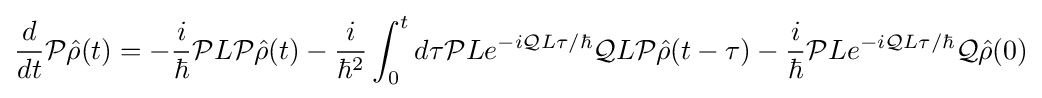
{\frac {d}{dt}}{\mathcal {P}}{\hat {\rho }}(t)=-{\frac {i}{\hbar }}{\mathcal {P}}L{\mathcal {P}}{\hat {\rho }}(t)-{\frac {i}{\hbar ^{2}}}\int _{0}^{t}d\tau {\mathcal {P}}Le^{-i{\mathcal {Q}}L\tau /\hbar }{\mathcal {Q}}L{\mathcal {P}}{\hat {\rho }}(t-\tau )-{\frac {i}{\hbar }}{\mathcal {P}}Le^{-i{\mathcal {Q}}L\tau /\hbar }{\mathcal {Q}}{\hat {\rho }}(0)